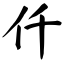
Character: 仟